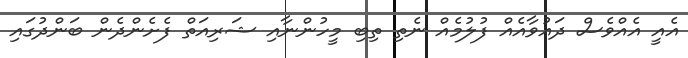
އެއީ އެއްވެސް ދައުވާއެއް ފުލުމެއް ނެތި ތިބި މީހުންނާއި ޝަރިއަތް ފެށެންދެން ބަންދުގައި